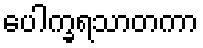
ပေါက္ခရသာတကာ